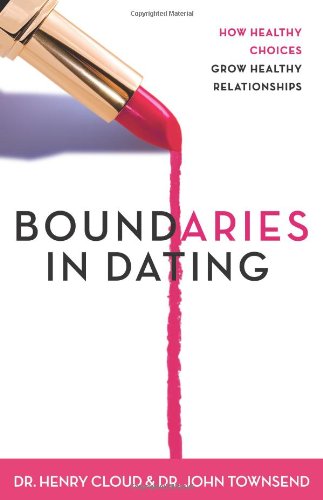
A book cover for Boundaries in Dating: How Healthy Choices Grow Healthy Relationships; Henry Cloud; Parenting & Relationships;